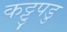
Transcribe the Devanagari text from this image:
कट्टुपडु